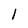
Character: 1